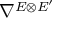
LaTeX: \nabla ^ { E \otimes E ^ { \prime } }